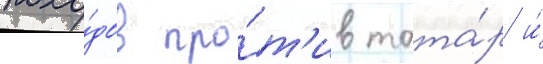
похо́дов про́т'ив тата́р и́